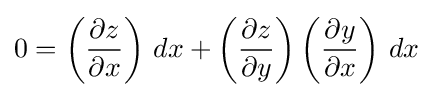
0=\left({\frac {\partial z}{\partial x}}\right)\,dx+\left({\frac {\partial z}{\partial y}}\right)\left({\frac {\partial y}{\partial x}}\right)\,dx